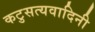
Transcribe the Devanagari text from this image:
कटुसत्यवादिनी